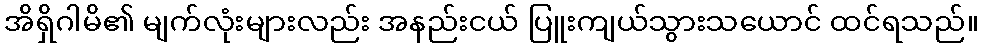
အိရှိဂါမိ၏ မျက်လုံးများလည်း အနည်းငယ် ပြူးကျယ်သွားသယောင် ထင်ရသည်။